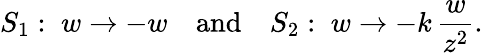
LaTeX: S_{1}:\; w\to-w\quad\mathrm{and}\quad S_{2}:\; w\to-k\, {\frac{w}{z^{2}}}.